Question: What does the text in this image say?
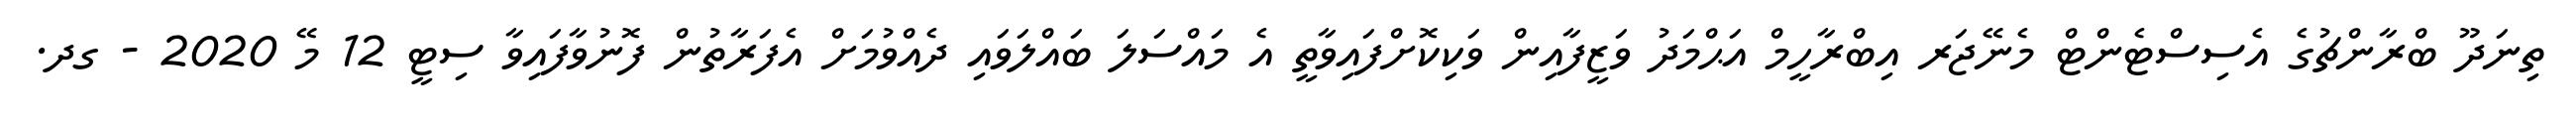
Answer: ތިނަދޫ ބްރާންޗުގެ އެސިސްޓެންޓް މެނޭޖަރ އިބްރާހީމް އަޙްމަދު ވަޒީފާއިން ވަކިކޮށްފައިވާތީ އެ މައްސަލަ ބައްލަވައި ދެއްވުމަށް އެފަރާތުން ފޮނުވާފައިވާ ސިޓީ 12 މޭ 2020 - ގދ.